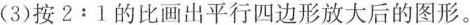
(3)按$$2:1$$的比画出平行四边形放大后的图形。